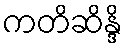
ကတိဆိန္ဒိ